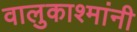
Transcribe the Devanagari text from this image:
वालुकाश्मांनी